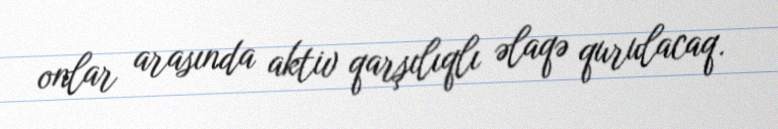
onlar arasında aktiv qarşılıqlı əlaqə qurulacaq.